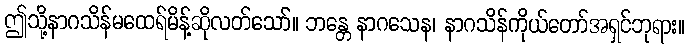
ဤသို့နာဂသိန်မထေရ်မိန့်ဆိုလတ်သော်။ ဘန္တေ နာဂသေန၊ နာဂသိန်ကိုယ်တော်အရှင်ဘုရား။